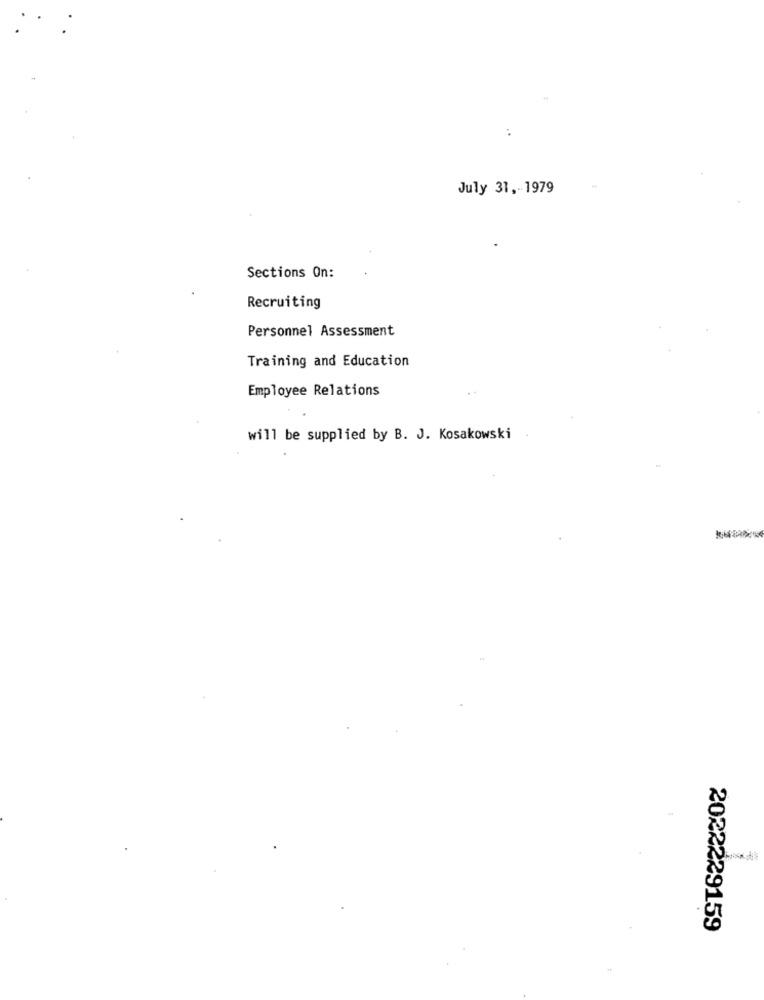
July 31 ,- 1979
Sections On:
Recruiting
Personnel Assessment
Training and Education
Employee Relations
will be supplied by B. J. Kosakowski
2022229159